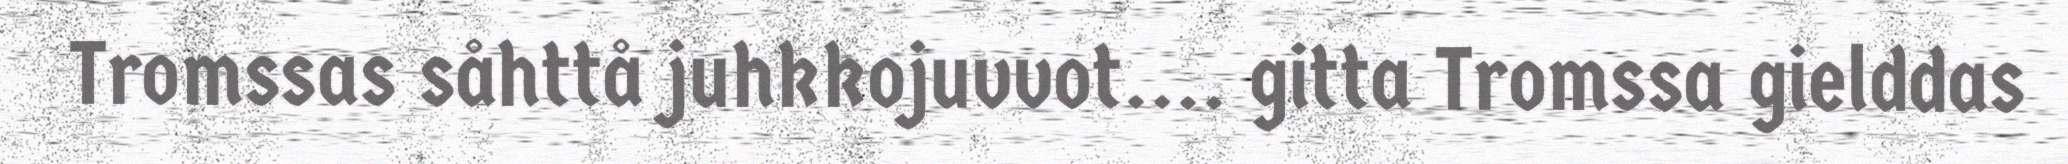
Tromssas såhttå juhkkojuvvot.... gitta Tromssa gielddas